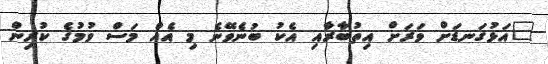
"އަޅުގަނޑަށް ވަރަށް އިތުބާރާއި އެކު ބުނެވޭނެ މި އެއް މަސް ވުމުގެ ކުރިން